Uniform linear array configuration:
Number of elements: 24
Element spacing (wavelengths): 1
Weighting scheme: kaiser
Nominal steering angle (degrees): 30
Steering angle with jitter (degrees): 28.255
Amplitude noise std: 0.05
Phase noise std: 0.05

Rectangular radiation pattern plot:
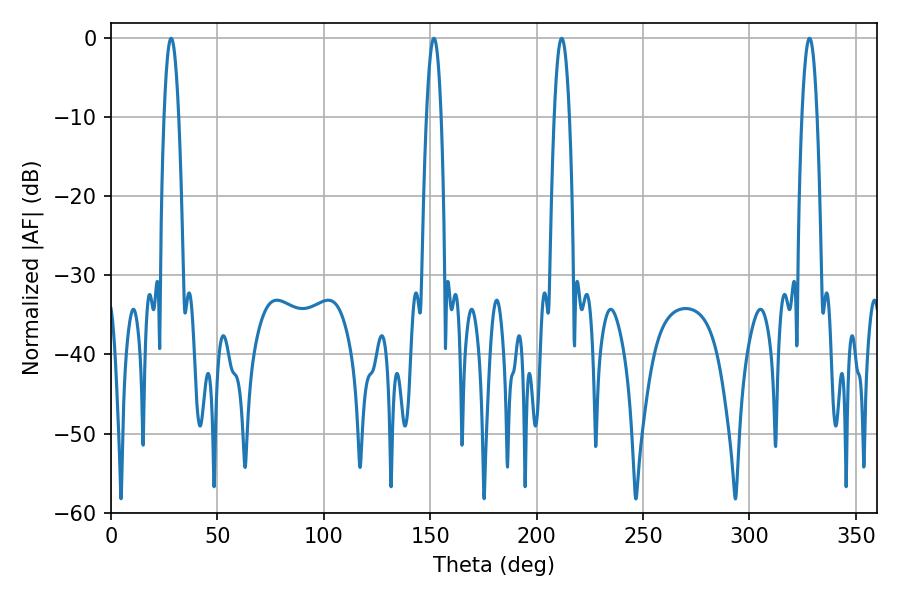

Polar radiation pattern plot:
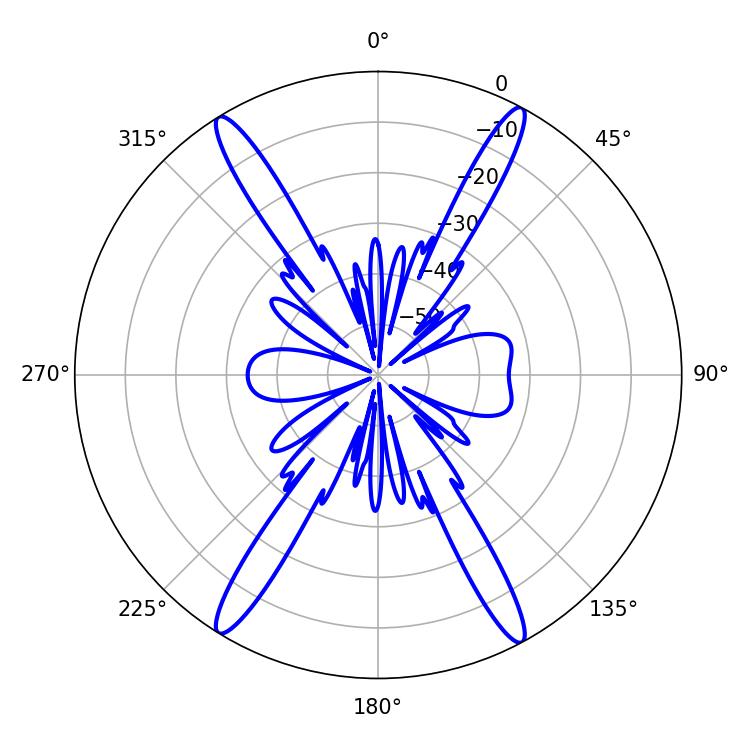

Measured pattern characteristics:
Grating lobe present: TRUE
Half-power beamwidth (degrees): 3.78
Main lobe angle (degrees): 28.26